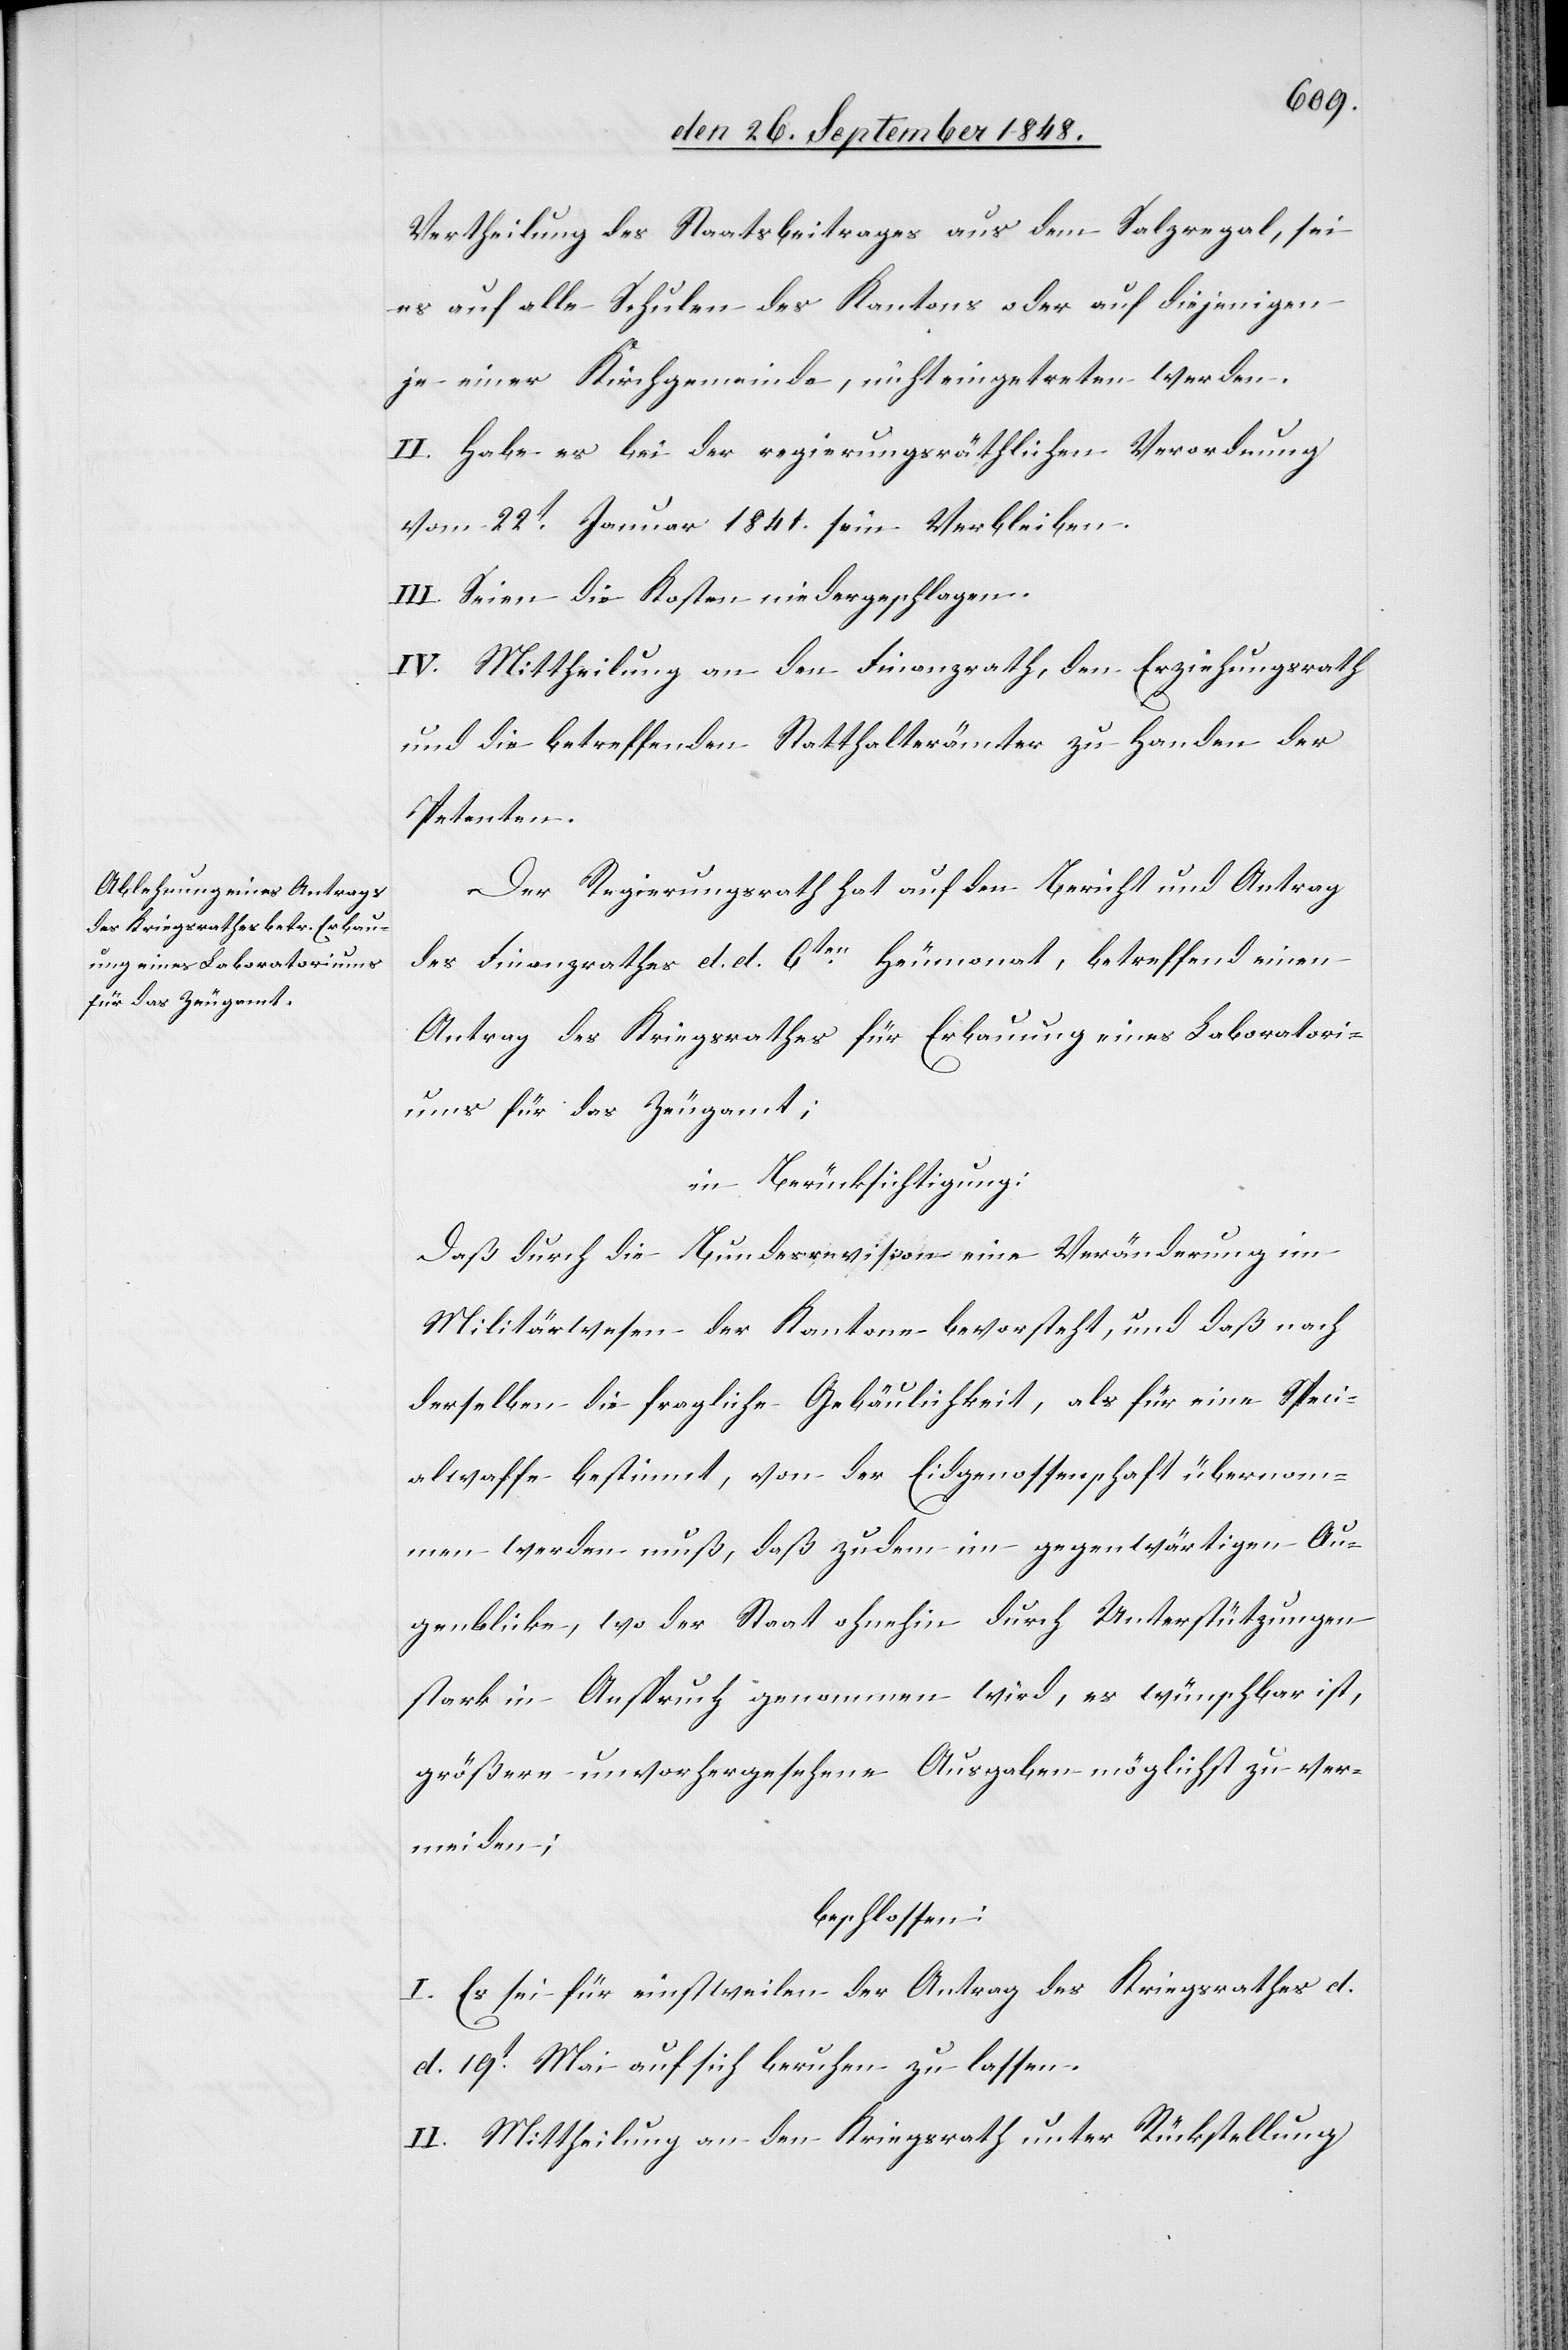
Vertheilung des Staatsbeitrages aus dem Salzregal, sei
es auf alle Schulen des Kantons oder auf diejenigen
je einer Kirchgemeinde, nicht eingetreten werden.
II. Habe es bei der regierungsräthlichen Verordnung
vom 22t Januar 1841. sein Verbleiben.
III. Seien die Kosten niedergeschlagen.
IV. Mittheilung an den Finanzrath, den Erziehungsrath
und die betreffenden Statthalterämter zu Handen der
Petenten.
Der Regierungsrath hat auf den Bericht und Antrag
des Finanzrathes d. d. 6ten. Heumonat, betreffend einen
Antrag des Kriegsrathes für Erbauung eines Laboratori¬
ums für das Zeugamt;
in Berücksichtigung:
Daß durch die Bundesrevision eine Veränderung im
Militärwesen der Kantone bevorsteht, und daß nach
derselben die fragliche Gebäulichkeit, als für eine Speci¬
alwaffe bestimmt, von der Eidgenossenschaft übernom¬
men werden muß, daß zudem im gegenwärtigen Au¬
genblicke, wo der Staat ohnehin durch Unterstützungen
stark in Anspruch genommen wird, es wünschbar ist,
größere unvorhergesehene Ausgaben möglichst zu ver¬
meiden;
beschlossen.
I. Es sei für einstweilen der Antrag des Kriegsrathes d.
d. 19t. Mai auf sich beruhen zu lassen.
II. Mittheilung an den Kriegsrath unter Rückstellung